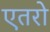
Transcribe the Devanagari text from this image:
एतरो